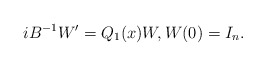
\begin{align*} i B^{-1} W' = Q_1(x) W, W(0)=I_n.\end{align*}